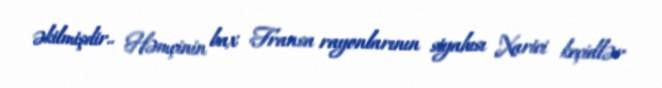
əkilmişdir.. Həmçinin bax Fransa rayonlarının siyahısı Xarici keçidlər